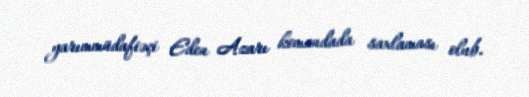
yarımmüdafiəçi Eden Azarı komandada saxlaması olub.